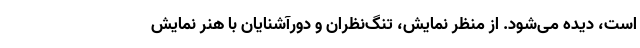
است، دیده می‌شود. از منظر نمایش، تنگ‌نظران و دورآشنایان با هنر نمایش